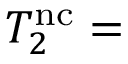
T _ { 2 } ^ { \mathrm { n c } } =